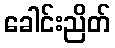
ခေါင်းညိတ်